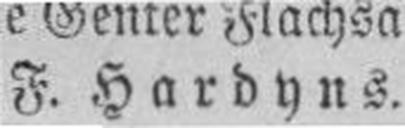
F. Hardyns.